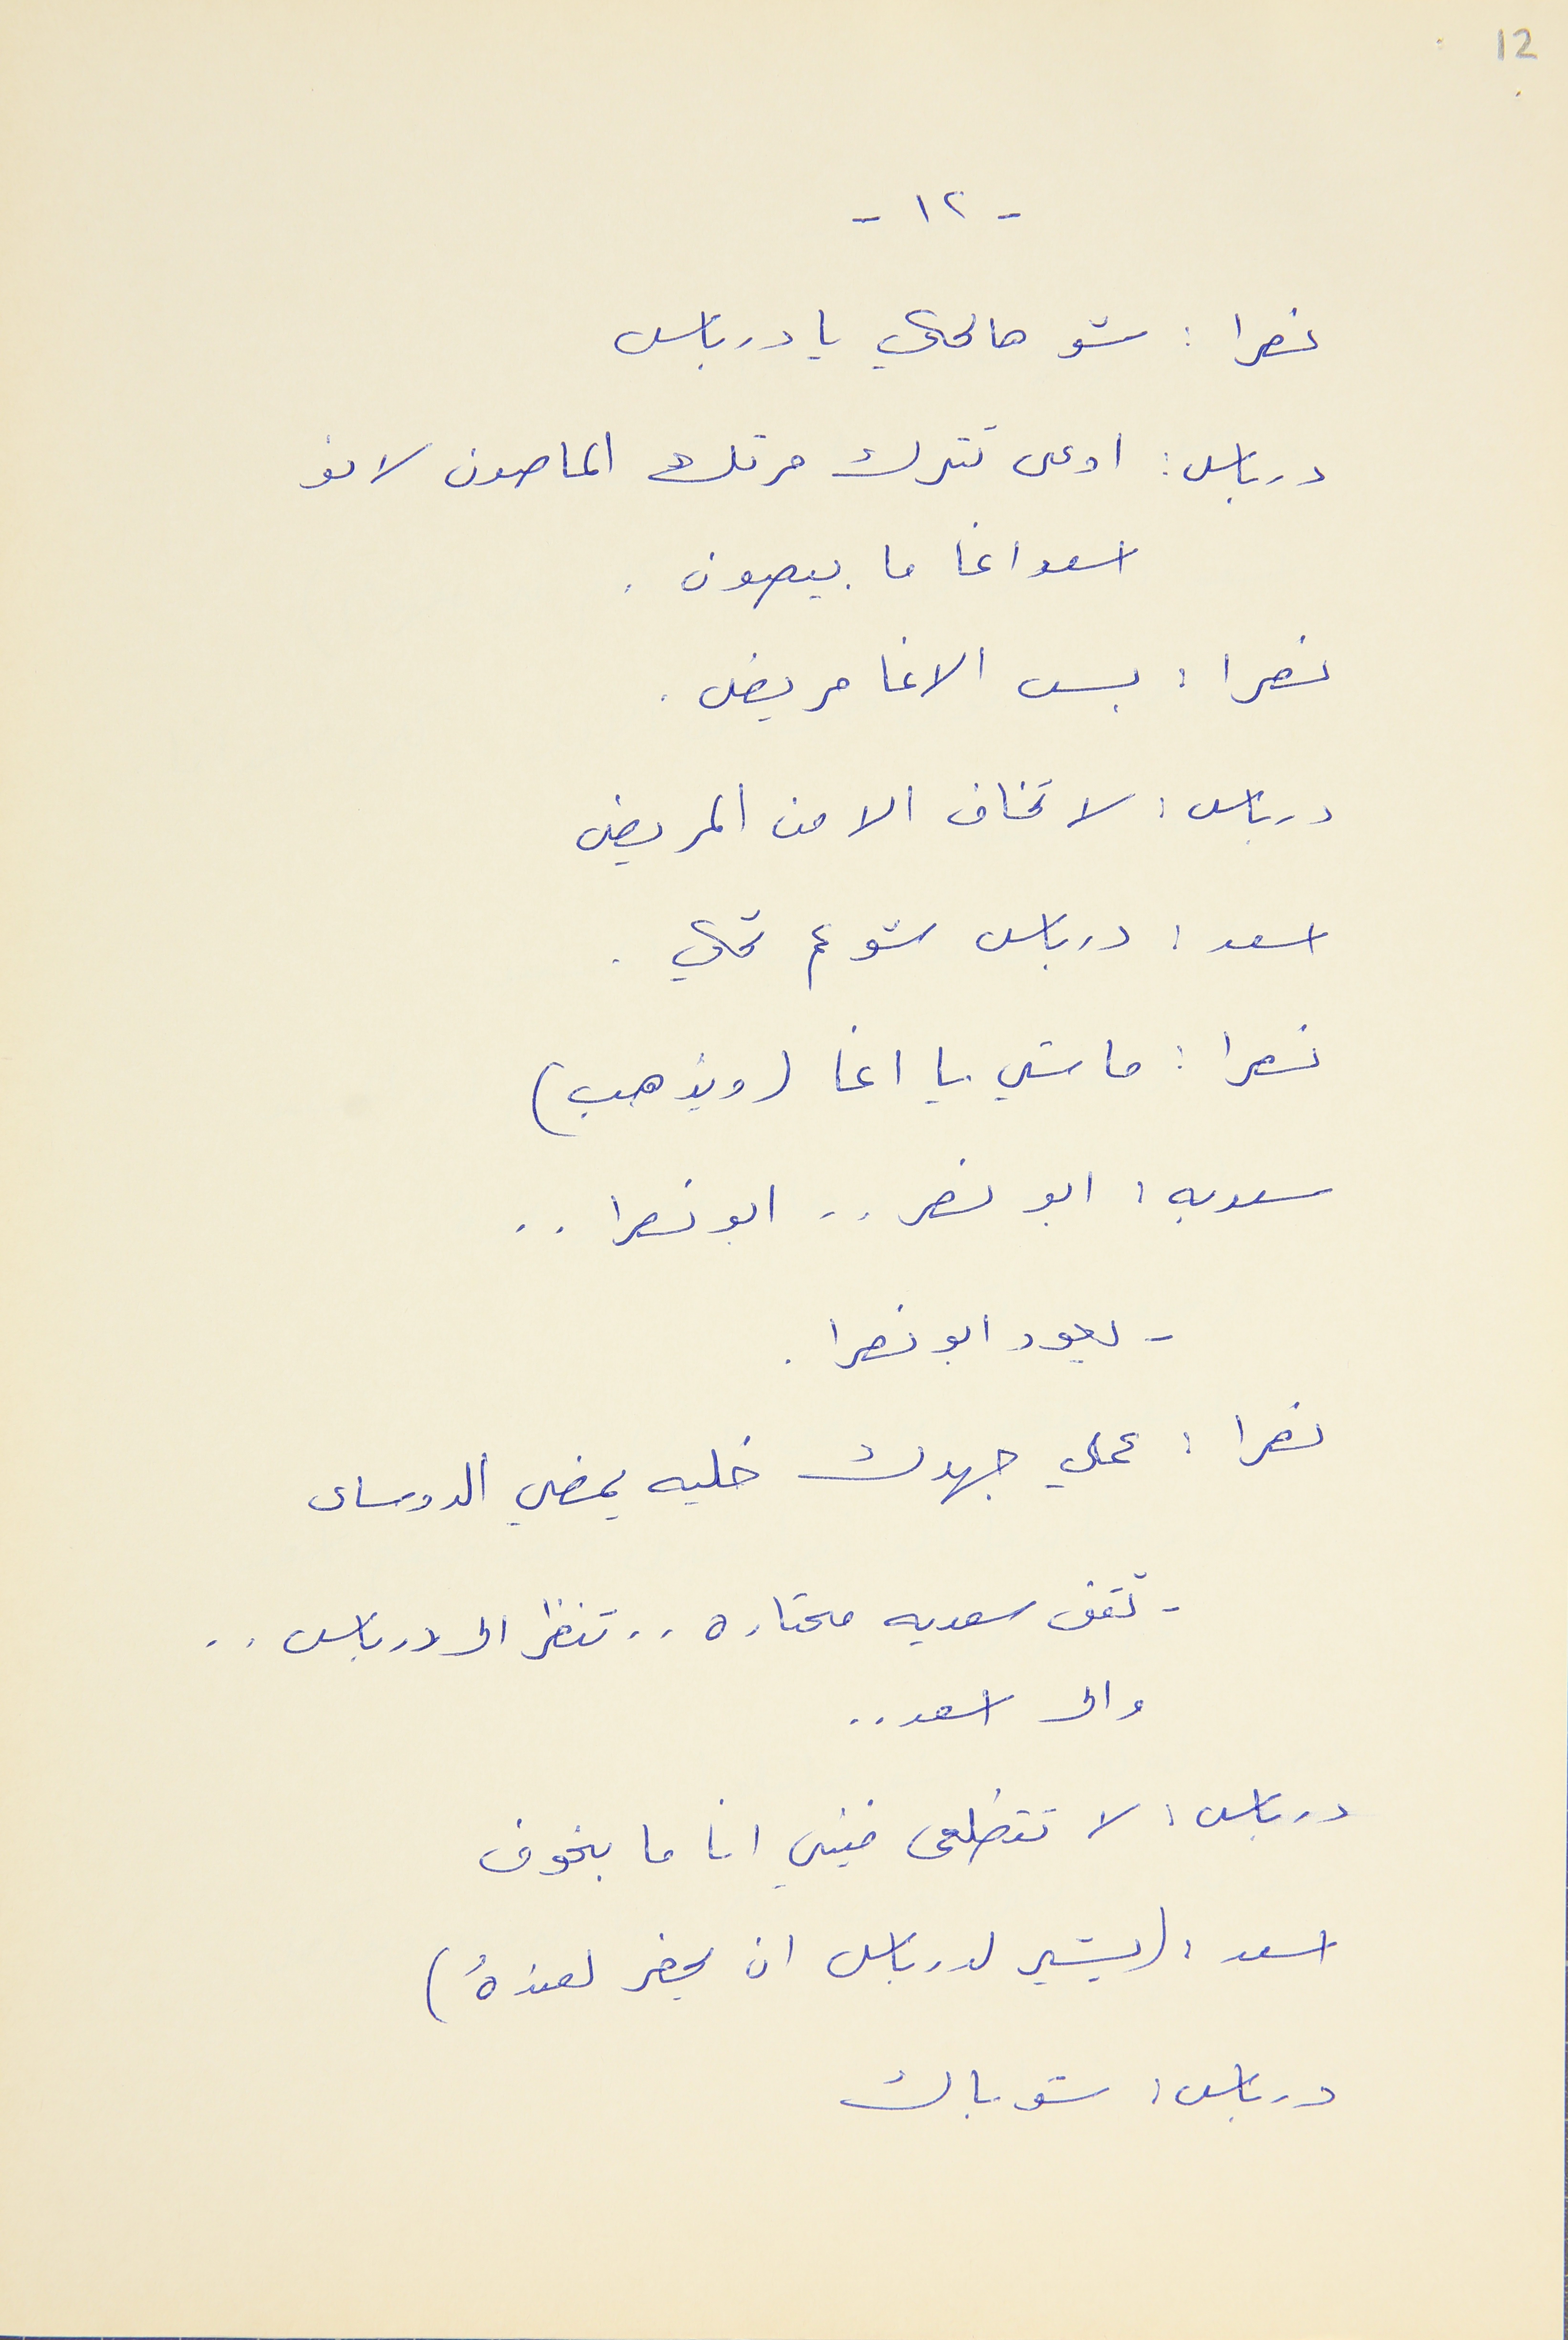
12
- ١٢ -
نصرا : شو هالحكي يا درباس
درباس : اوعى تترك مرتك الماصون لانو
اسعد اغا ما بيصون .
نصرا : بس الاغا مريض .
درباس : لا تخاف الام من المريض
اسعد : درباس شو عم تحكي .
نصرا : ما شي يا اغا (ويذهب)
سعديه : ابو نصر . . ابو نصرا . .
- يعود ابو نصرا .
نصرا : عملي جهدك خليه يمضي الدوساى
- تقف سعديه محتاره . . تنظر الى درباس . .
والى اسعد . .
درباس : لا تتطلعي فيني انا ما بخوف
اسعد : (يشير لدرباس ان يحضر لعندهُ)
درباس : شو باك